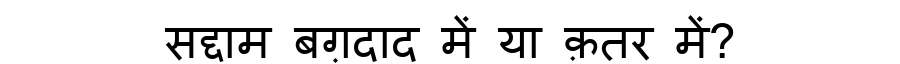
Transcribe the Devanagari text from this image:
सद्दाम बग़दाद में या क़तर में?